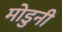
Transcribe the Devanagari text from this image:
मोडुनी